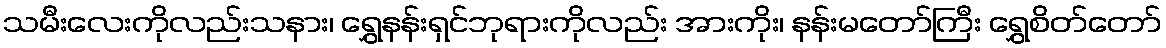
သမီးလေးကိုလည်းသနား၊ ရွှေနန်းရှင်ဘုရားကိုလည်း အားကိုး၊ နန်းမတော်ကြီး ရွှေစိတ်တော်